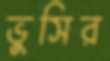
ভুসির